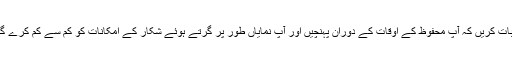
کار کرایہ پر خدمات قابل بھروسہ کمپنیوں سے استعمال کریں اور اثبات کریں کہ آپ محفوظ کے اوقات کے دوران پہنچیں اور آپ نمایاں طور پر گرتے ہوئے شکار کے امکانات کو کم سے کم کرے گا کے لئے اپنے اپنے سفر سفر درزی جرائم پیشہ افراد کے لیے ہے ۔